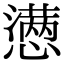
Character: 懑